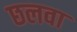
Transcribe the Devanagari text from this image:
छलवा